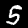
Digit: 5